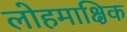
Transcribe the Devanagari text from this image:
लोहमाक्षिक